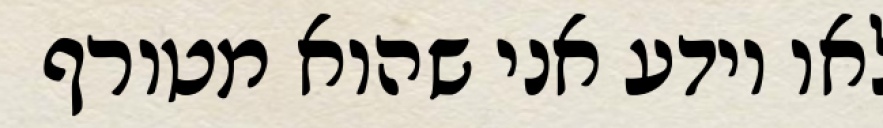
לאו יודע אני שהוא מטורף